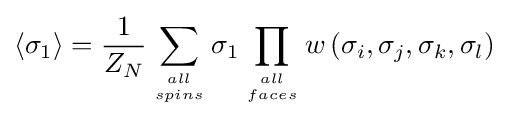
\left\langle \sigma _{1}\right\rangle ={\frac {1}{Z_{N}}}\sum _{all \atop spins}\sigma _{1}\prod _{all \atop faces}w\left(\sigma _{i},\sigma _{j},\sigma _{k},\sigma _{l}\right)